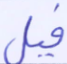
فيل